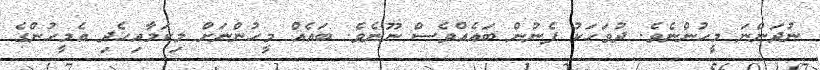
ނުދަންނަ މީހުންނެވެ. ދުވަހަކު ފެނުން ބައެއްވެސް ނޫނެވެ. ބައެއް މީހުންނަށް މިކަމާއިހެދި އެމީހުންގެ